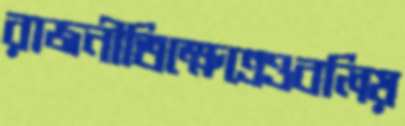
রাজনীতিক্ষেত্রেওবলিয়